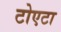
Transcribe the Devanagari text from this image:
टोएटा